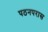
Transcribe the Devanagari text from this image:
पठनपरास